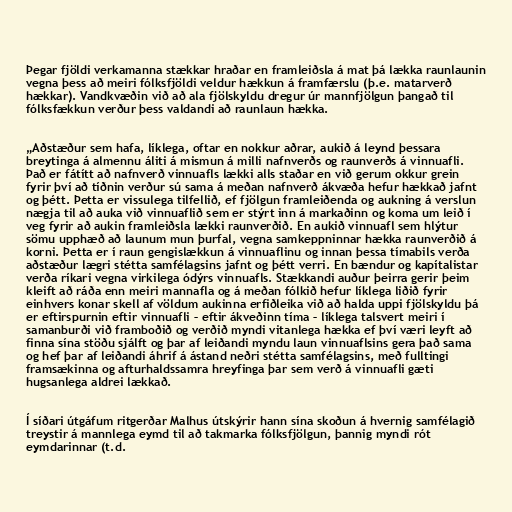
Þegar fjöldi verkamanna stækkar hraðar en framleiðsla á mat þá lækka raunlaunin
vegna þess að meiri fólksfjöldi veldur hækkun á framfærslu (þ.e. matarverð
hækkar). Vandkvæðin við að ala fjölskyldu dregur úr mannfjölgun þangað til
fólksfækkun verður þess valdandi að raunlaun hækka.

„Aðstæður sem hafa, líklega, oftar en nokkur aðrar, aukið á leynd þessara
breytinga á almennu áliti á mismun á milli nafnverðs og raunverðs á vinnuafli.
Það er fátítt að nafnverð vinnuafls lækki alls staðar en við gerum okkur grein
fyrir því að tíðnin verður sú sama á meðan nafnverð ákvæða hefur hækkað jafnt
og þétt. Þetta er vissulega tilfellið, ef fjölgun framleiðenda og aukning á verslun
nægja til að auka við vinnuaflið sem er stýrt inn á markaðinn og koma um leið í
veg fyrir að aukin framleiðsla lækki raunverðið. En aukið vinnuafl sem hlýtur
sömu upphæð að launum mun þurfal, vegna samkeppninnar hækka raunverðið á
korni. Þetta er í raun gengislækkun á vinnuaflinu og innan þessa tímabils verða
aðstæður lægri stétta samfélagsins jafnt og þétt verri. En bændur og kapítalistar
verða ríkari vegna virkilega ódýrs vinnuafls. Stækkandi auður þeirra gerir þeim
kleift að ráða enn meiri mannafla og á meðan fólkið hefur líklega liðið fyrir
einhvers konar skell af völdum aukinna erfiðleika við að halda uppi fjölskyldu þá
er eftirspurnin eftir vinnuafli – eftir ákveðinn tíma – líklega talsvert meiri í
samanburði við framboðið og verðið myndi vitanlega hækka ef því væri leyft að
finna sína stöðu sjálft og þar af leiðandi myndu laun vinnuaflsins gera það sama
og hef þar af leiðandi áhrif á ástand neðri stétta samfélagsins, með fulltingi
framsækinna og afturhaldssamra hreyfinga þar sem verð á vinnuafli gæti
hugsanlega aldrei lækkað.

Í síðari útgáfum ritgerðar Malhus útskýrir hann sína skoðun á hvernig samfélagið
treystir á mannlega eymd til að takmarka fólksfjölgun, þannig myndi rót
eymdarinnar (t.d.